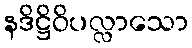
နဒိဋ္ဌိဝိပလ္လာသော